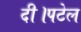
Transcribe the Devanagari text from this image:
दी।पटेल